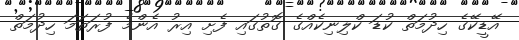
އޭޑީކޭގެ ހިދުމަތް ކުޑަ ކްލިނިކެއްގެ ގޮތުގައި ފެށި އިރު އެންމެ ފުރަތަމަ ހިދުމަތް